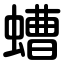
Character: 螬